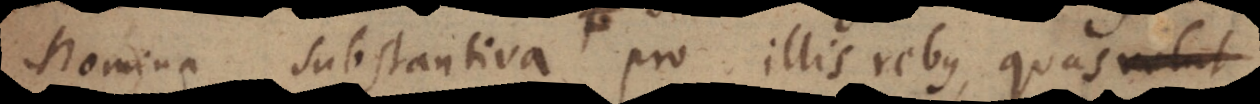
nomina substantiva pro illis rebus, quas velut